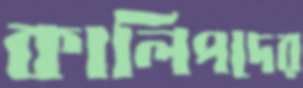
কালিপদের